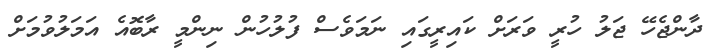
ދާންޖެހޭ ޖަލު ހުރީ ވަރަށް ކައިރީގައި ނަމަވެސް ފުލުހުން ނިންމީ ރާބޮއެ އަމަލުވުމަށް